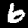
Digit: 6